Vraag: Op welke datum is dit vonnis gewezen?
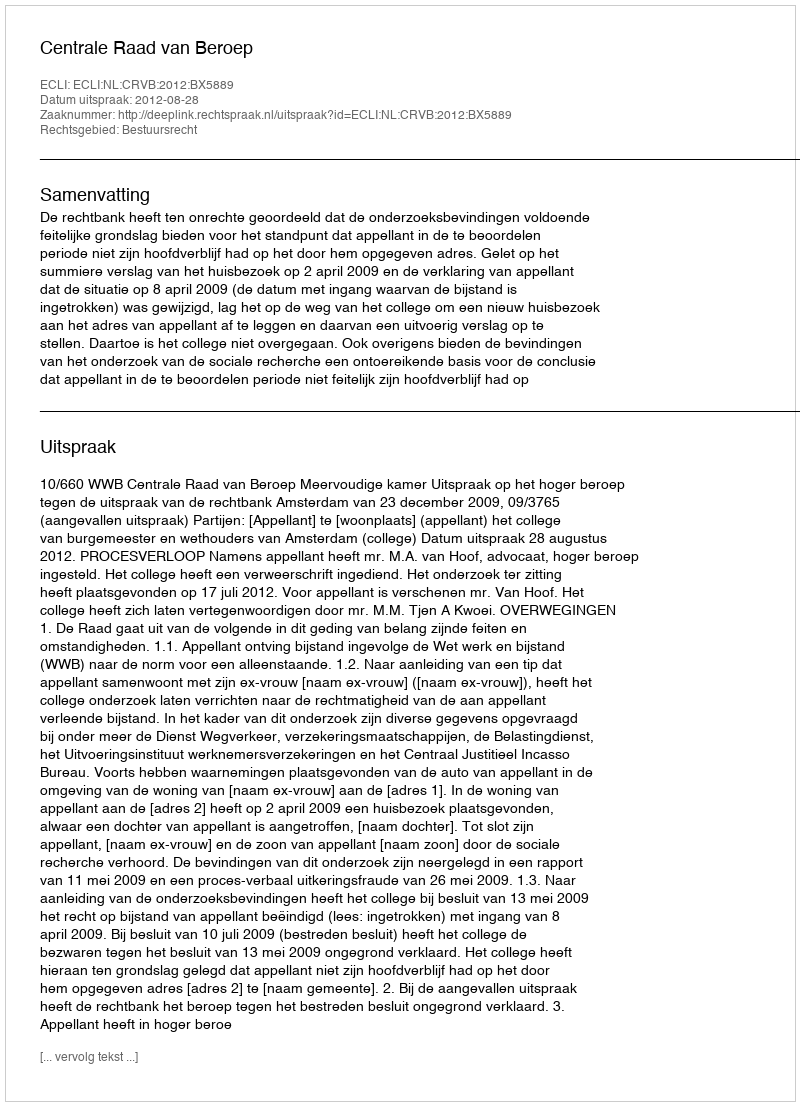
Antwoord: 2012-08-28